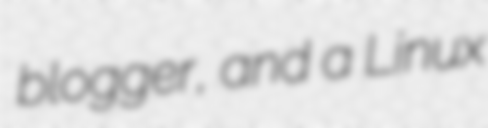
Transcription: blogger, and a Linux